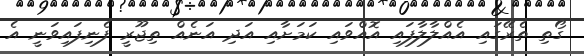
ގޯތި ތެރޭގައި އެއްލާލާފައި އޮއްވައި ކަމަށާއި އަދި އަނެއް ތިޖޫރީ ފެނިފައިވަނީ އެ